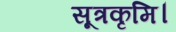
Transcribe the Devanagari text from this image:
सूत्रकृमि।